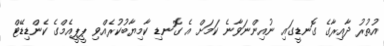
އުތުރު ދާއިރާގެ ގޮނޑީގައި ނުއިންނަވާނެ ކަމަށް އެ ގޮނޑި ކާމިޔާބުކުރެއްވި ޕީޕީއެމްގެ ކެންޑިޑޭޓް